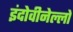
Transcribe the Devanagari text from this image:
इंदोवीनेल्लो